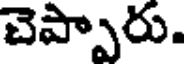
చెప్పారు.